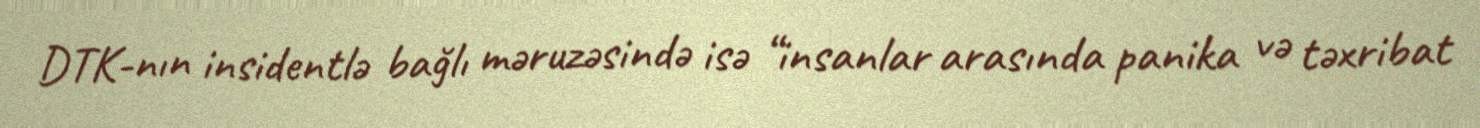
DTK-nın insidentlə bağlı məruzəsində isə “insanlar arasında panika və təxribat